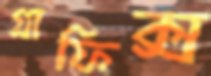
গ্রাফিক্স